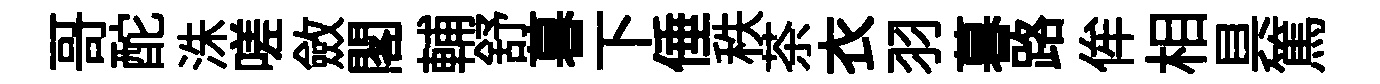
哥酡洙嗟斂閣輔舒暮下倕秩茶衣羽暮路侔相具篤